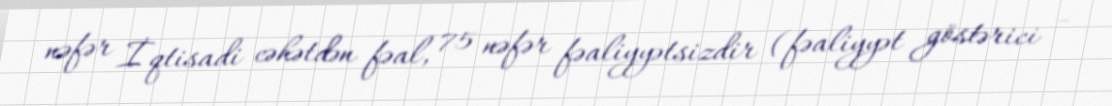
nəfər İqtisadi cəhətdən fəal, 75 nəfər fəaliyyətsizdir (fəaliyyət göstərici -